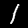
Label: 1